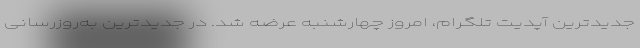
جدیدترین آپدیت تلگرام، امروز چهارشنبه عرضه شد. در جدیدترین به‌روزرسانی